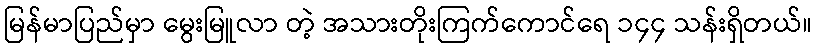
မြန်မာပြည်မှာ မွေးမြူလာ တဲ့ အသားတိုးကြက်ကောင်ရေ ၁၄၄ သန်းရှိတယ်။